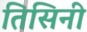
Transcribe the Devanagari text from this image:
तिसिनी